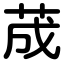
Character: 荿